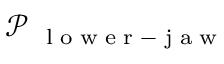
\mathscr P _ { \mathrm { ~ \tiny ~ l ~ o ~ w ~ e ~ r ~ - ~ j ~ a ~ w ~ } }